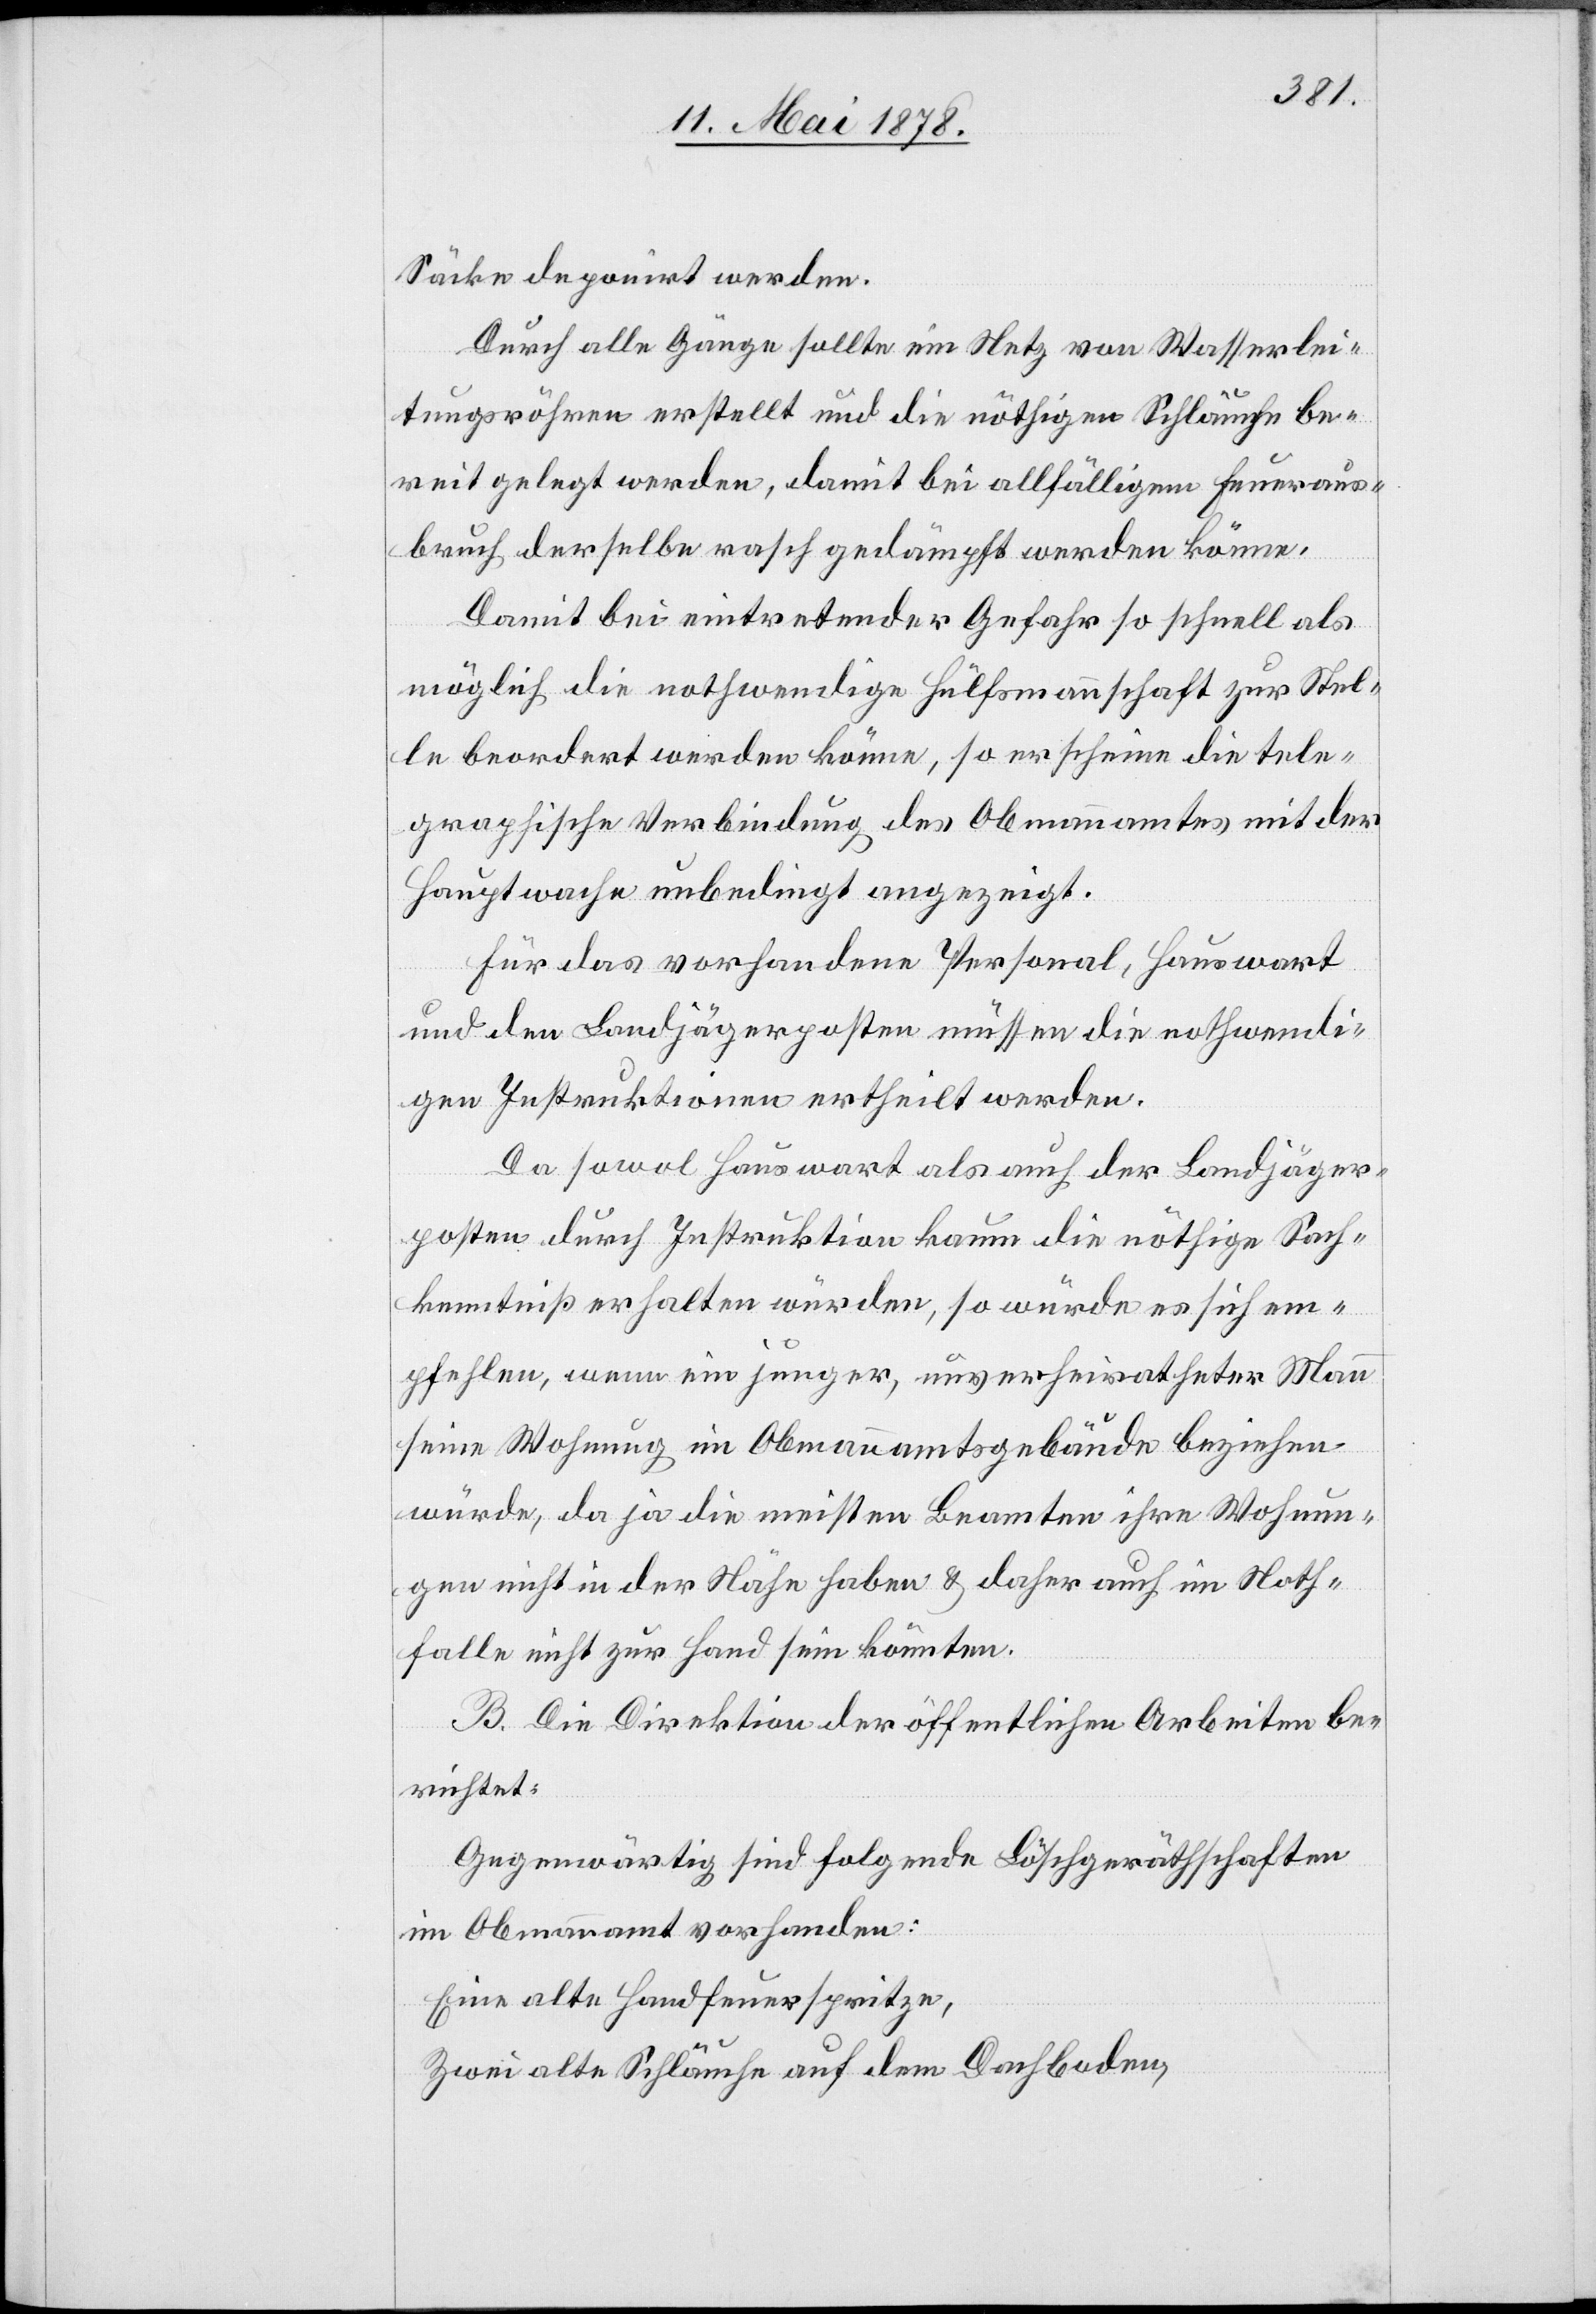
Säcke deponirt werden.
Durch alle Gänge sollte ein Netz von Wasserlei¬
tungsröhren erstellt und die nöthigen Schläuche be¬
reit gelegt werden, damit bei allfälligem Feueraus¬
bruch derselbe nachgedämpft werden könne.
Damit bei eintretender Gefahr so schnell als
möglich die nothwendige Hülfmannschaft zur Stel¬
le beordert werden könne, so erscheine die tele¬
graphische Verbindung des Obmannamtes mit der
Hauptwache unbedingt angezeigt.
Für das vorhandene Personal, Hauswart
und den Landjägerposten müssen die nothwendi¬
gen Instruktionen ertheilt werden.
Da sowol Hauswart als auch der Landjäger¬
posten durch Instruktion kaum die nöthige Sach¬
kenntniß erhalten würde, so würde es sich em¬
pfehlen, wenn ein junger, unverheiratheter Mann
seine Wohnung im Obmannamtsgebäude beziehen
würde, da ja die meisten Beamten ihre Wohnun¬
gen nicht in der Nähe haben & daher auch im Noth¬
falle nicht zur Hand sein könnten.
B. Die Direktion der öffentlichen Arbeiten be¬
richtet:
Gegenwärtig sind folgende Löschgeräthschaften
im Obmannamt vorhanden:
Eine alte Handfeuerspritze,
Zwei alte Schläuche auf dem Dachboden,